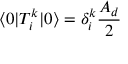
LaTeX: \langle 0 | T _ { i } ^ { k } | 0 \rangle = \delta _ { i } ^ { k } \frac { A _ { d } } { 2 }